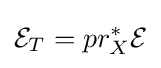
{\mathcal {E}}_{T}=pr_{X}^{*}{\mathcal {E}}